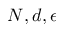
N , d , \epsilon